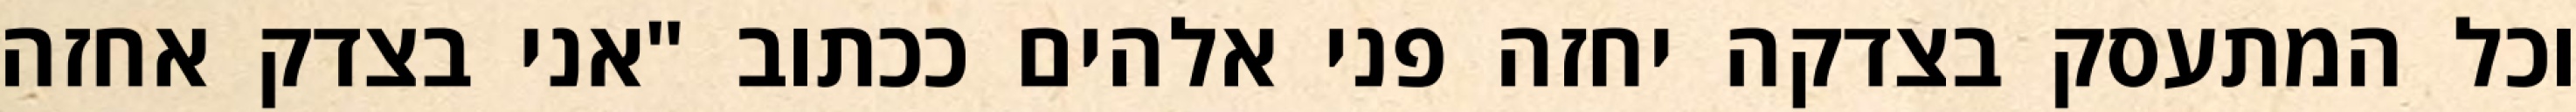
וכל המתעסק בצדקה יחזה פני אלהים ככתוב "אני בצדק אחזה